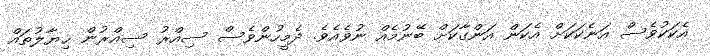
އެކަކުވެސް އަނެކަކަށް އެކަން އަންގާކަށް ބޭނުމެއް ނުވެއެވެ. ދެމީހުންވެސް ސިއްރު ސިއްރުން ޚިޔާލުތައް